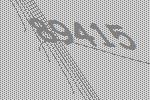
89415